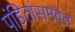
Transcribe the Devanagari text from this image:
पंडितांसमवेत